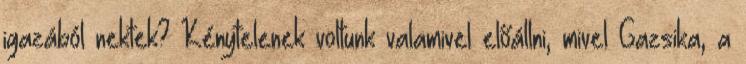
igazából nektek? Kénytelenek voltunk valamivel előállni, mivel Gazsika, a